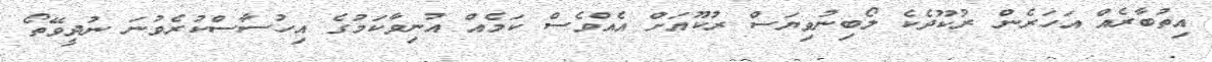
އިތުބާރެއް އަހަރެން ރުކޫދެކެ ލޯބިނުވިޔަސް ރުކޫއަށް އެއްވެސް ކަމެއް އުނިވާކަމުގެ އިހުސާސްކުރެވުނަ ނުދީވޭތޯ